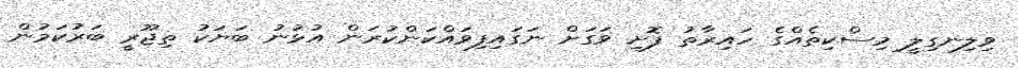
ވިލިނގިލީ މިސްކިތެއްގެ ހައިރާތު ފޮށި ވަގަށް ނަގައިފިވައްކަންކުރަން އުޅުނު ބަޔަކު ތިޖޫރީ ބަރުކަމުން